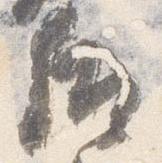
后